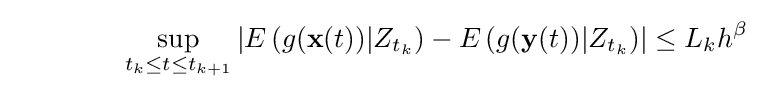
\qquad \qquad {\underset {t_{k}\leq t\leq t_{k+1}}{\sup }}\left\vert E\left(g(\mathbf {x} (t))|Z_{t_{k}}\right)-E\left(g(\mathbf {y} (t))|Z_{t_{k}}\right)\right\vert \leq L_{k}h^{\beta }